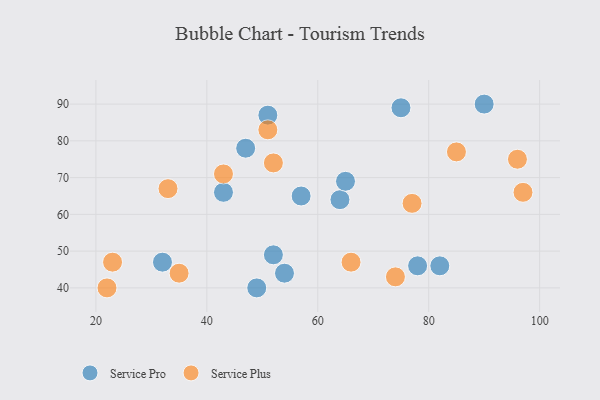
{"axis": {"x": "GDP", "y": "Life Expectancy"}, "legend": ["Service Plus", "Service Pro"], "data": [{"x": "90", "y": 90, "type": "Service Pro"}, {"x": "75", "y": 89, "type": "Service Pro"}, {"x": "57", "y": 65, "type": "Service Pro"}, {"x": "52", "y": 49, "type": "Service Pro"}, {"x": "54", "y": 44, "type": "Service Pro"}, {"x": "82", "y": 46, "type": "Service Pro"}, {"x": "43", "y": 66, "type": "Service Pro"}, {"x": "78", "y": 46, "type": "Service Pro"}, {"x": "32", "y": 47, "type": "Service Pro"}, {"x": "64", "y": 64, "type": "Service Pro"}, {"x": "49", "y": 40, "type": "Service Pro"}, {"x": "51", "y": 87, "type": "Service Pro"}, {"x": "65", "y": 69, "type": "Service Pro"}, {"x": "47", "y": 78, "type": "Service Pro"}, {"x": "22", "y": 40, "type": "Service Plus"}, {"x": "97", "y": 66, "type": "Service Plus"}, {"x": "33", "y": 67, "type": "Service Plus"}, {"x": "77", "y": 63, "type": "Service Plus"}, {"x": "51", "y": 83, "type": "Service Plus"}, {"x": "85", "y": 77, "type": "Service Plus"}, {"x": "52", "y": 74, "type": "Service Plus"}, {"x": "96", "y": 75, "type": "Service Plus"}, {"x": "74", "y": 43, "type": "Service Plus"}, {"x": "23", "y": 47, "type": "Service Plus"}, {"x": "35", "y": 44, "type": "Service Plus"}, {"x": "43", "y": 71, "type": "Service Plus"}, {"x": "66", "y": 47, "type": "Service Plus"}]}